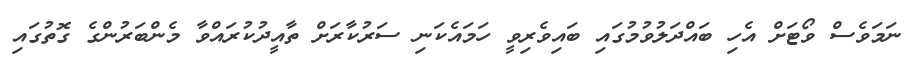
ނަމަވެސް ވޯޓަށް އެހި ބައްދަލުވުމުގައި ބައިވެރިވީ ހަމައެކަނި ސަރުކާރަށް ތާއީދުކުރައްވާ މެންބަރުންގެ ގޮތުގައި